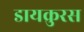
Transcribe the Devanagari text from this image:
डायक्रुरस